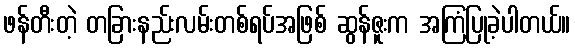
ဖန်တီးတဲ့ တခြားနည်းလမ်းတစ်ရပ်အဖြစ် ဆွန်ဇူးက အကြံပြုခဲ့ပါတယ်။